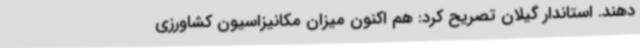
دهند. استاندار گیلان تصریح کرد: هم اکنون میزان مکانیزاسیون کشاورزی